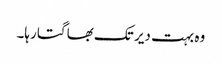
وہ بہت دیر تک بھاگتا رہا۔